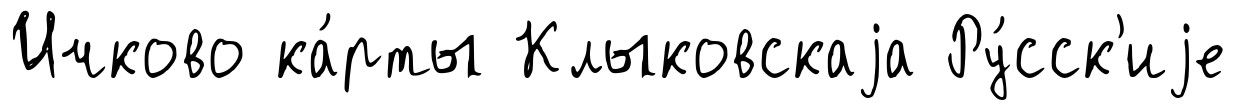
Ичково ка́рты Клыковскаjа Ру́сск'иjе